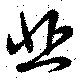
悲